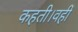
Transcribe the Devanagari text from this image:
कहती।वहीं